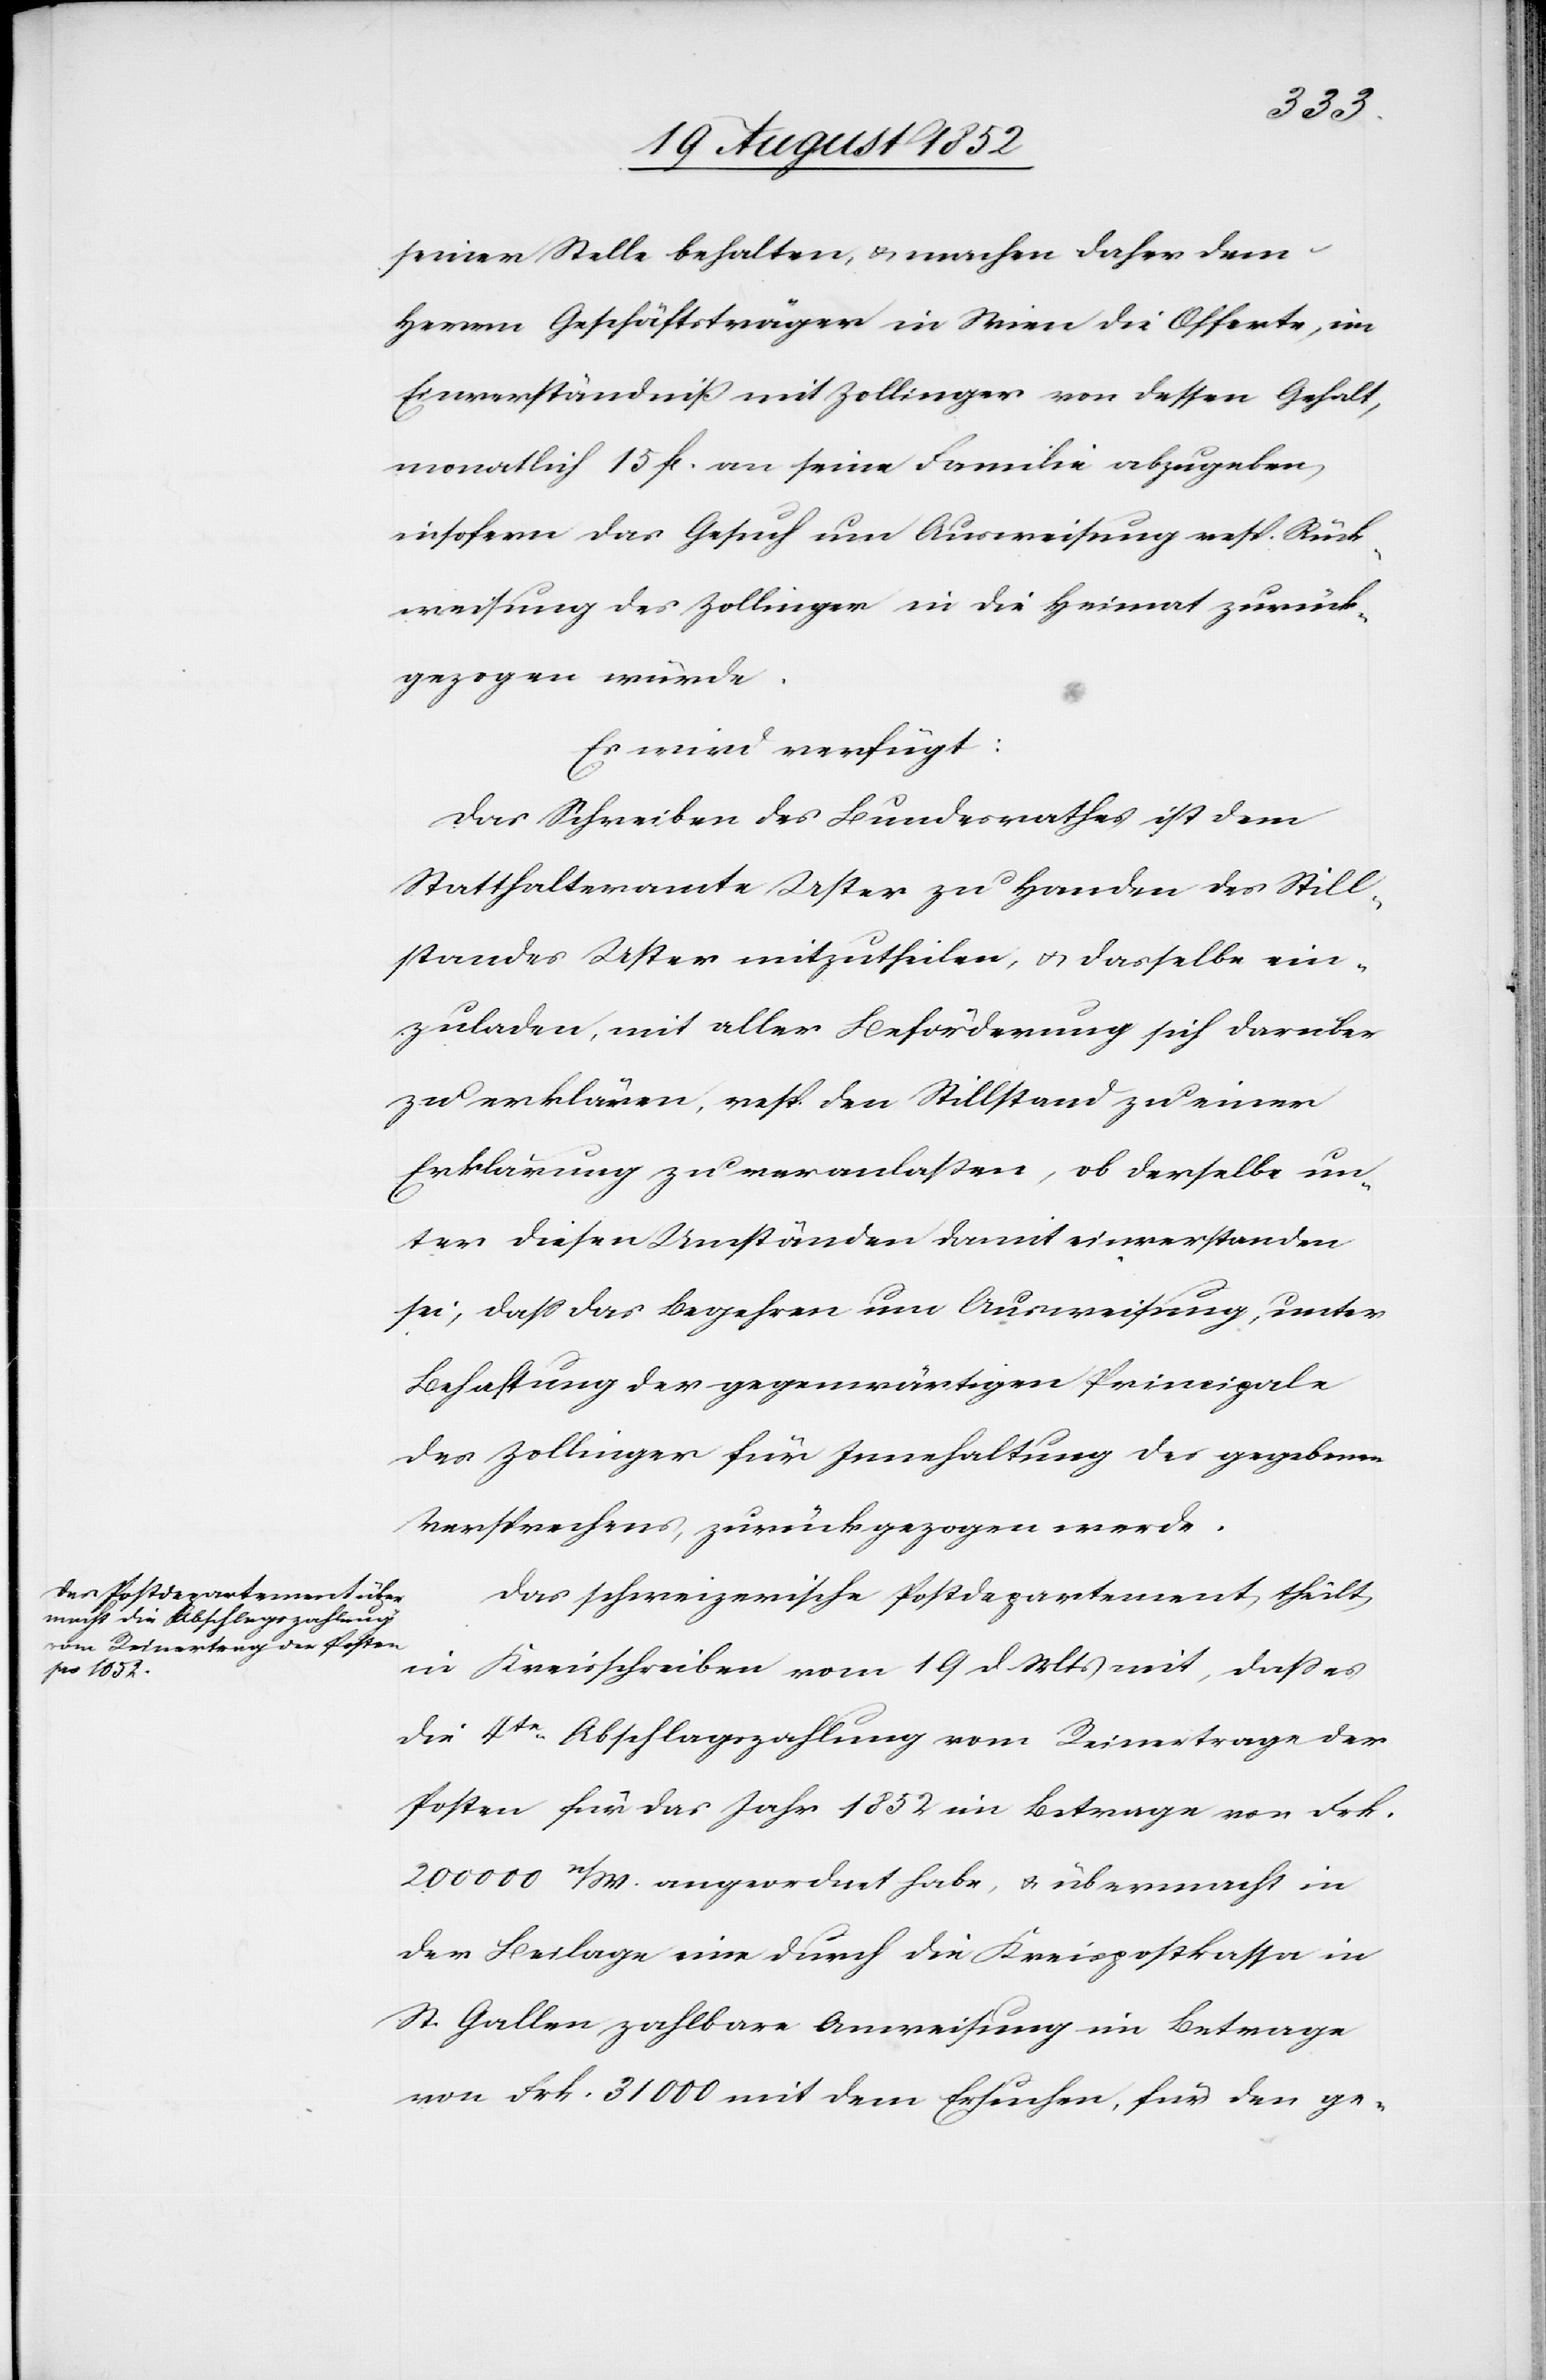
den
20 August 1852]
seiner Stelle behalten, & machen daher dem
Herrn Geschäftsträger in Wien die Offerte, im
Einverständniß mit Zollinger von dessen Gehalt,
monatlich 15 fl. an seine Familie abzugeben,
insofern das Gesuch um Ausweisung resp. Rück¬
weisung des Zollinger in die Heimat zurück¬
gezogen würde.
Es wird verfügt:
Das Schreiben des Bundesrathes ist dem
Statthalteramte Uster zu Handen des Still¬
standes Uster mitzutheilen, & dasselbe ein¬
zuladen, mit aller Beförderung sich darüber
zu erklären, resp. den Stillstand zu einer
Erklärung zu veranlaßen, ob derselbe un¬
ter diesen Umständen damit einverstanden
sei, dass das Begehren um Ausweisung, unter
Behaftung der gegenwärtigen Principale
des Zollinger für Innehaltung des gegebenen
Versprechens, zurückgezogen werde.
Das schweizerische Postdepartement theilt
in Kreisschreiben vom 19 d. Mts mit, dass es
die 4te. Abschlagszahlung vom Reinertrage der
Posten für das Jahr 1852 im Betrage von Frk.
200 000 n/W. angeordnet habe, & übermacht in
der Beilage eine durch die Kreispostkassa in
St. Gallen zahlbare Anweisung im Betrage
von Frk. 31 000 mit dem Ersuchen, für den ge-